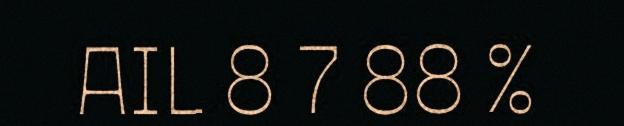
AIL 8 7 88 %